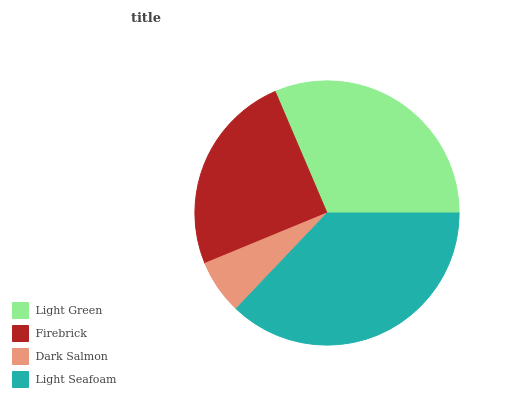
| Light Green | Firebrick | Dark Salmon | Light Seafoam |
 | --- | --- | --- | --- |
 | 31.4% | 24.8% | 6.69% | 37.1% |